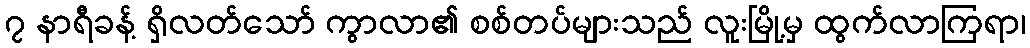
၇ နာရီခန့် ရှိလတ်သော် ကွာလာ၏ စစ်တပ်များသည် လူးမြို့မှ ထွက်လာကြရာ၊